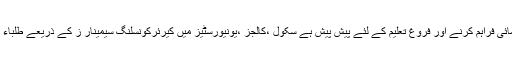
المحمدیہ سٹوڈنٹس پاکستان میں طلباء کو تعلیمی رہنمائی فراہم کرنے اور فروغ تعلیم کے لئے پیش پیش ہے سکول ،کالجز ،یونیورسٹیز میں کیرئرکونسلنگ سیمینار ز کے ذریعے طلباء کو مستقبل کے حوالے سے رہنمائی فراہم کرتی ہے۔